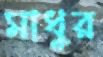
মাধুর